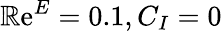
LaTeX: \mathbb{R}\mathrm{e}^{E}=0.1,C_{I}=0